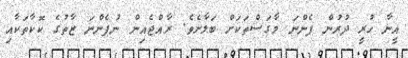
އީނާ ހުރީ ދުރުން ފެންނަ މާގަސްތަކަށް ބަލާށެވެ. ރާއްޖެއިން ނުފެންނަ ޒާތުގެ ކޮކާތަކާއި